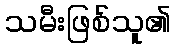
သမီးဖြစ်သူ၏